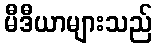
မီဒီယာများသည်